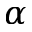
\alpha